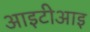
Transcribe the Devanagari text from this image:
आइटीआइ